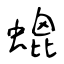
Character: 螕